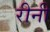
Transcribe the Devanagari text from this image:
रीनी